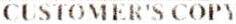
CUSTOMER'S COPY